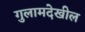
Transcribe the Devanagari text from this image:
गुलामदेखील